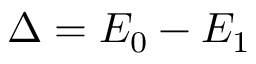
\Delta = E _ { 0 } - E _ { 1 }